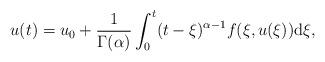
LaTeX: \begin{align*}u(t)=u_{0}+\frac{1}{\Gamma(\alpha)}\int_{0}^{t}(t-\xi)^{\alpha-1}f(\xi, u(\xi))\mathrm{d}\xi,\end{align*}